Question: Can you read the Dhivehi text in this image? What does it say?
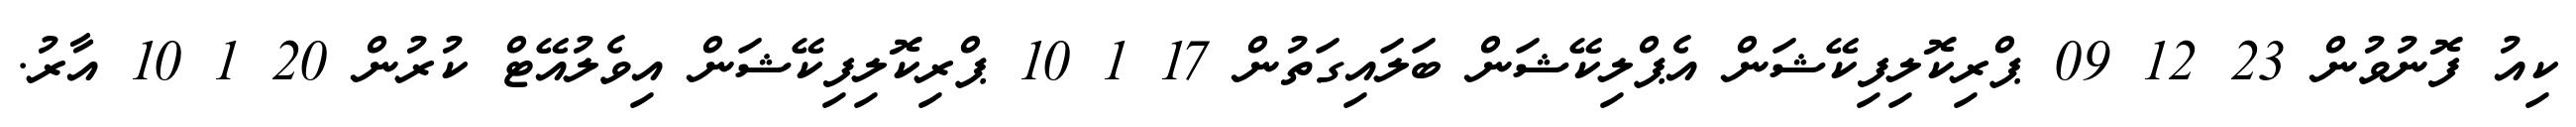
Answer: ކިއު ފޮނުވުން 23 12 09 ޕްރިކޮލިފިކޭޝަން އެޕްލިކޭޝަން ބަލައިގަތުން 17 1 10 ޕްރިކޮލިފިކޭޝަން އިވެލުއޭޓް ކުރުން 20 1 10 އާރު.